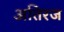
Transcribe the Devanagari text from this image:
अतिरज